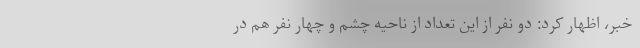
خبر، اظهار کرد: دو نفر از این تعداد از ناحیه چشم و چهار نفر هم در